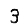
Digit: 3